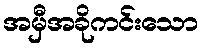
အမှီအခိုကင်းသော